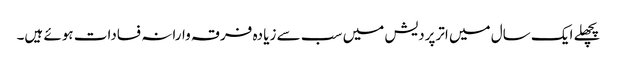
پچھلے ایک سال میں اترپردیش میں سب سے زیا دہ فرقہ وارانہ فسادات ہوئے ہیں۔